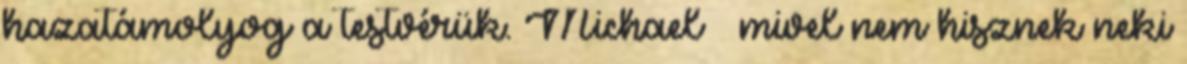
hazatámolyog a testvérük. Michael – mivel nem hisznek neki